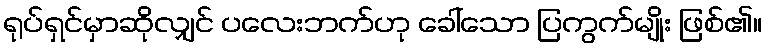
ရုပ်ရှင်မှာဆိုလျှင် ပလေးဘက်ဟု ခေါ်သော ပြကွက်မျိုး ဖြစ်၏။